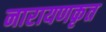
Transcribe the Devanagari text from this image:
नारायणकृत